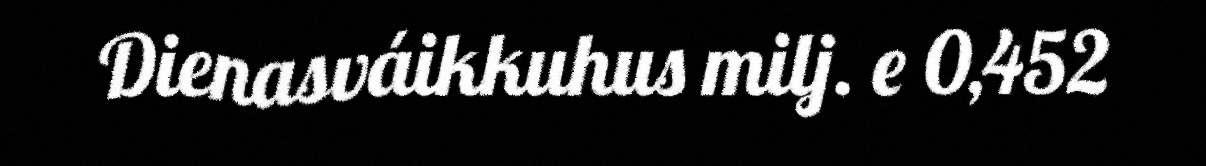
Dienasváikkuhus milj. e 0,452